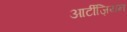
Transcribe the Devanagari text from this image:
आर्टीज़ियन